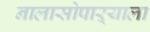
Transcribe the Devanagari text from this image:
नालासोपाऱ्याला